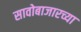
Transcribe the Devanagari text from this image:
सावोबाजारच्या